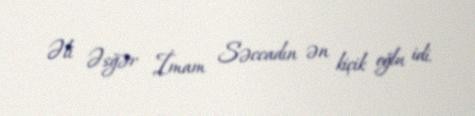
Əli Əsğər İmam Səccadın ən kiçik oğlu idi.